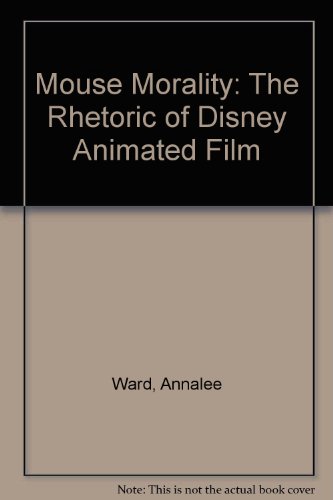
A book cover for Mouse Morality: The Rhetoric of Disney Animated Film; Annalee R. Ward; Humor & Entertainment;